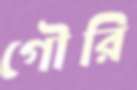
গৌরি